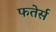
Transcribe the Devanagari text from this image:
फतेर्स